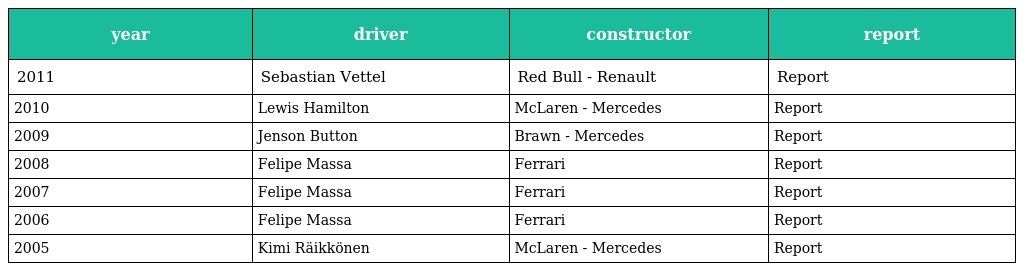
| year | driver | constructor | report |
 | --- | --- | --- | --- |
 | 2011 | Sebastian Vettel | Red Bull - Renault | Report |
 | 2010 | Lewis Hamilton | McLaren - Mercedes | Report |
 | 2009 | Jenson Button | Brawn - Mercedes | Report |
 | 2008 | Felipe Massa | Ferrari | Report |
 | 2007 | Felipe Massa | Ferrari | Report |
 | 2006 | Felipe Massa | Ferrari | Report |
 | 2005 | Kimi Räikkönen | McLaren - Mercedes | Report |